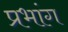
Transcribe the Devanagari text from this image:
प्रभांग